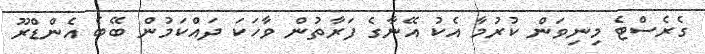
ގެރެސްޓެ މިނިވަން ކުރުމާ އެކު އޭނާގެ ފަރާތުން ވާހަަކަ ދައްކަމުން ބޭބެ އެންޑްރޫ